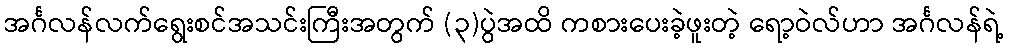
အင်္ဂလန်လက်ရွေးစင်အသင်းကြီးအတွက် (၃)ပွဲအထိ ကစားပေးခဲ့ဖူးတဲ့ ရော့ဝဲလ်ဟာ အင်္ဂလန်ရဲ့